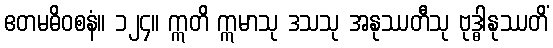
ဧတမဓိဝစနံ။ ၁၂၄။ ဣတိ ဣမာသု ဒသသု အနုဿတီသု ဗုဒ္ဓါနုဿတိံ